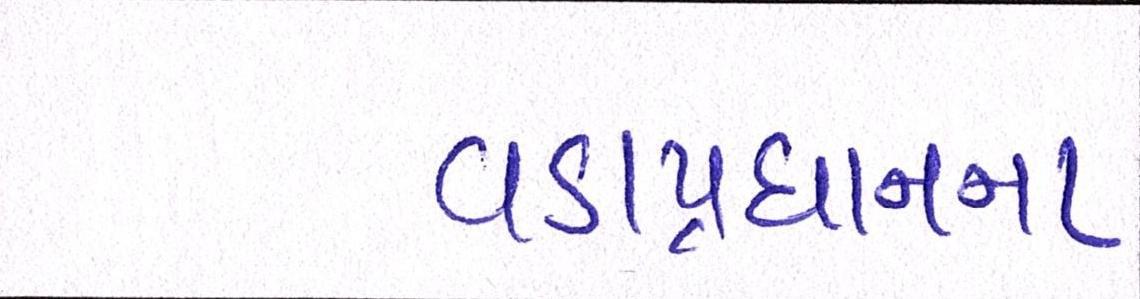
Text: વડાપ્રધાનના